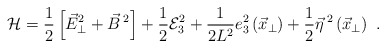
\begin{align*}{\cal H} = \frac{1}{2}\left[ \vec{E}_{\bot}^{2} + \vec{B}\,^{2}\right]+\frac{1}{2}{\cal E}_{3}^{2}+ \frac{1}{2 L^{2}}e_{3}^{2}\left(\vec{x}_{\perp}\right)+ \frac{1}{2}\vec{\eta} \,^{2}\left(\vec{x}_{\perp}\right) \ .\end{align*}